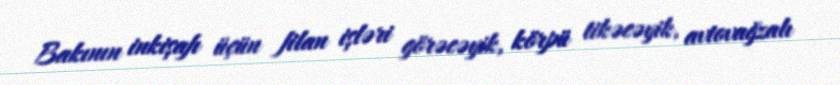
Bakının inkişafı üçün filan işləri görəcəyik, körpü tikəcəyik, avtovağzalı